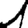
Digit: 1